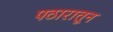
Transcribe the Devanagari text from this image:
पठारातून